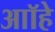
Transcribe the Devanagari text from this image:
आॉहे